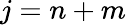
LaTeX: j=n+m